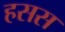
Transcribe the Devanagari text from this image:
हसस